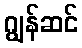
ဂျွန်ဆင်